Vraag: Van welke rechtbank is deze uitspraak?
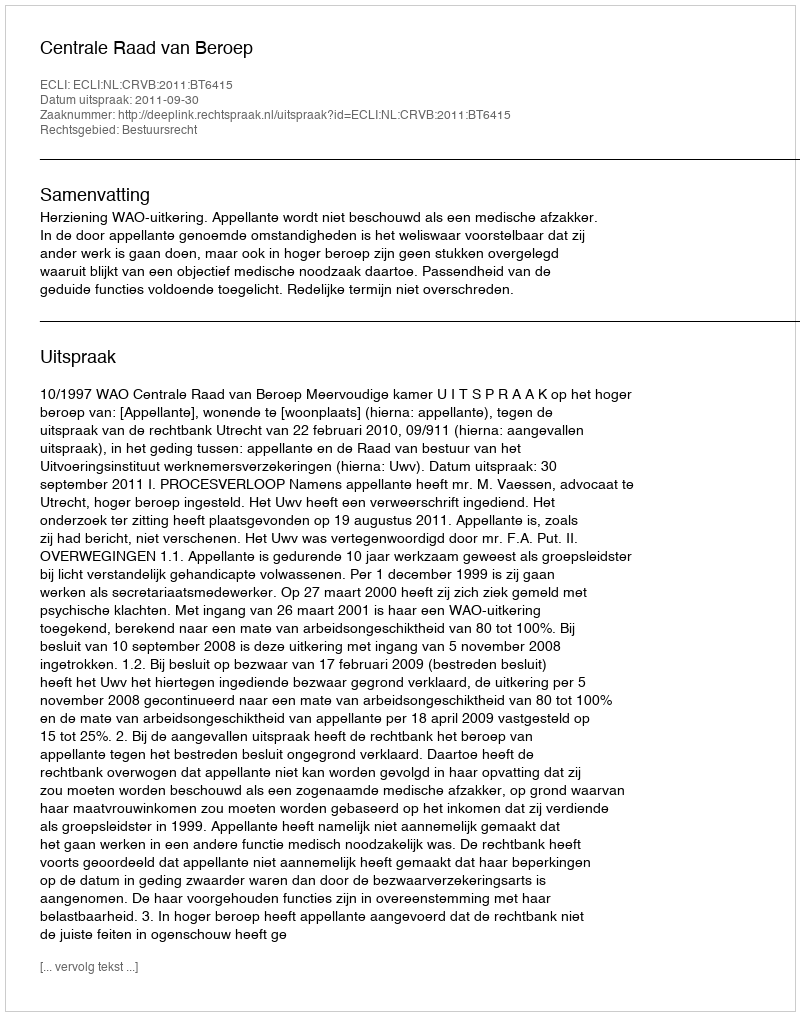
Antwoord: Centrale Raad van Beroep